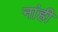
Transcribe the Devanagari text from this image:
नांही